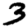
Digit: 3